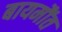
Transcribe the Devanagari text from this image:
बायमौंत